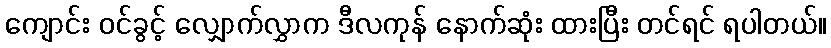
ကျောင်း ဝင်ခွင့် လျှောက်လွှာက ဒီလကုန် နောက်ဆုံး ထားပြီး တင်ရင် ရပါတယ်။